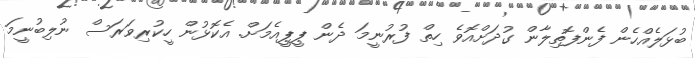
ބުޅަލެއްހެން ފެންފޮތިލާން ގުދަށްއޮވެ ހިތް ފުރުނީމަ ދެން ޕީޕީއެމަށް. އެކޮޅުން ހީކުރިވަރަސް ނުލިބުނީމަ